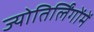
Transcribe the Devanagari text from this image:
ज्योतिर्लिंगोंमें